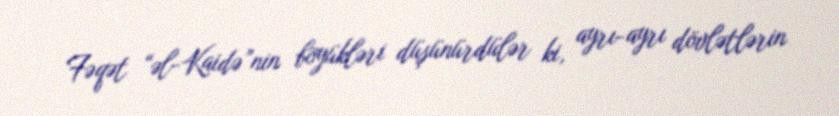
Fəqət “əl-Kaidə”nin böyükləri düşünürdülər ki, ayrı-ayrı dövlətlərin